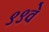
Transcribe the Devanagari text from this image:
९९वे